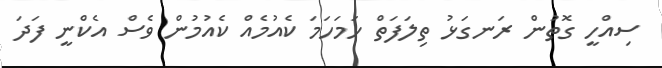
ސިއްހީ ގޮތުން ރަނގަޅު ތިލަފަތް ހަމަހަމަ ކެއުމެއް ކެއުމުން ވެސް އެކްނީ ފަދަ